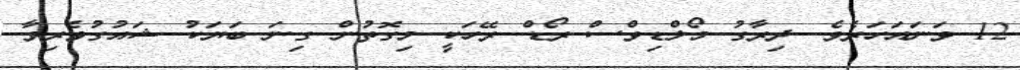
12 ވަނައަހަރެވެ. ދިރާގު މޯލްޑިވްސް ރޯޑް ރޭހަކީ މިގޮތުން ގިނަ ބަޔަކު ޝައުގުވެރިވާ